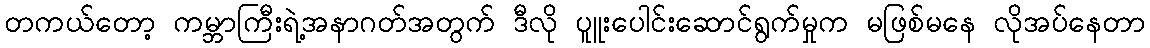
တကယ်တော့ ကမ္ဘာကြီးရဲ့အနာဂတ်အတွက် ဒီလို ပူူးပေါင်းဆောင်ရွက်မှုက မဖြစ်မနေ လိုအပ်နေတာ